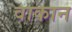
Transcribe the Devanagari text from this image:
वाकान